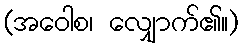
(အဝေါစ၊ လျှောက်၏။)